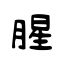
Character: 腥